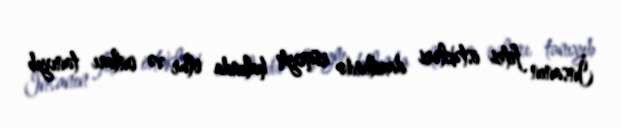
İnsanın fitri istəkləri daxilində rüşeym halında olur və onları tanıyıb